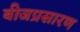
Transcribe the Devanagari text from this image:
बीजप्रसारण